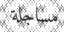
مساجلة